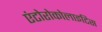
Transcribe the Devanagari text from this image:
एंटोरोकोलाइटिस